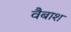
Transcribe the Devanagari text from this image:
वैबाश